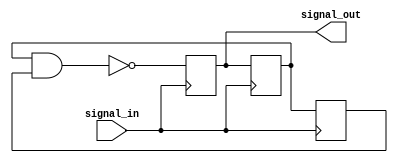
module nand_gate_delay (
    input wire signal_in,
    output reg signal_out
);

reg nand1;
reg nand2;
reg nand3;

always @(posedge signal_in) begin
    nand1 <= ~ (nand2 & nand3);
    nand2 <= nand1;
    nand3 <= nand2;
end

assign signal_out = nand1;

endmodule